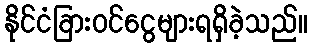
နိုင်ငံခြားဝင်ငွေများရရှိခဲ့သည်။